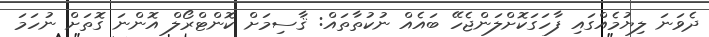
ދެވަނަ ލިޔުމެއްގައި ފާހަގަކޮށްލަންޖެހޭ ބައެއް ނުކުތާތައް: ޤާސިމަށް ކޮންޓްރޯލް އޮންނަ ގޮތަށް ނުހަމަ